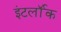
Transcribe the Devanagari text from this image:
इंटर्लॉक